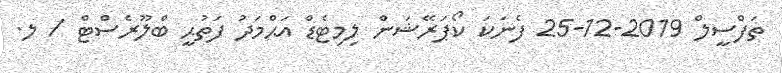
ތަފްސީލް 2019-12-25 ފެނަކަ ކޯޕަރޭޝަން ލިމިޓެޑް އަޙްމަދު ފަތުޙީ ބްލޫރެސްޓް / ލ.